King Institute of Preventive Medicine Bacteriolog. Section reports 1907-08
Year: 1907
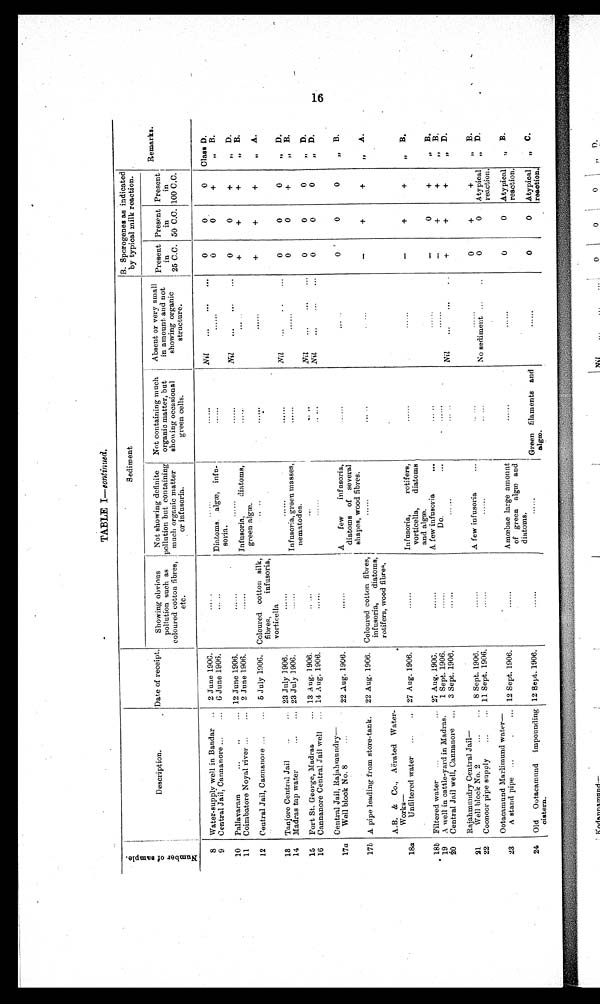
TABLE I—continued.
N u m b e r o f S a m p l e
Description.
Date of receipt.
Sediment
B. Sporogenes as indicated
by typical milk reaction.
Remarks.
Showing obvious
pollution such as
coloured cotton fibres,
etc.
Not showing definite
pollution but containing
much organic matter
or infusoria.
Not containing much
organic matter, but
showing occasional
green cells.
Absent or very small
in amount and not
showing organic
structure.
Present
in
25 C.C.
Present
in
50 C.C.
Present
in
100 C.C.
8 Water-supply well in Bandar ..
2 June 1906.
......
......
......
Nil ... ... ...
0
0
0
Class D.
9 Central Jail, Cannanore ... ...
6 June 1906.
.....
Diatoms algæ, infu-
soria.
......
......
0
0
+
" B .
10 Pallavararn ... .. ...
12 June 1906.
......
......
......
Nil ... ... ...
0
0
+
" D.
11 Coimbatore Noyal river... ...
2 June 1906.
......
Infusoria, diatoms,
green algæ.
......
.....
+
+
+
" B .
12 Central Jail, Cannanore ... ...
5 July 1906. Coloured cotton silk,
fibres, infusoria,
vorticella
.....
......
......
+
+
+
" A .
13 Tanjore Central Jail .. ...
23 July 1906.
......
......
......
Nil ... ... ...
0
0
0
" D.
14 Madras tap water ... ...
23 July 1906.
......
Infusoria, green masses,
nematodes.
......
......
0
0
+
" B .
15 Fort St. George, Madras ...
13 Aug. 1906.
.....
. . .
....
Nil ... ... ...
0
0
0 " D .
16 Cannanore Central Jail well ...
14 Aug. 1906.
......
......
.....
Nil ... ... ...
0
0
0 " D .
Central Jail, Rajahmundry—
17a
Well block No. 8 ...
22 Aug. 1906.
......
A few infusoria,
diatoms of several
shapes, wood fibres.
......
.....
0
0
0
" B.
17b A pipe leading from store-tank. 22 Aug. 1906. Coloured cotton fibres,
infusoria, diatoms,
rotifers, wood fibres.
......
.....
.....
–
+
+ " A .
A. B. &amp; Co., Aërated Water-
Works —
18a
Unfiltered water ... ..
27 Aug. 1906.
......
Infusoria, rotifers,
vorticella, diatoms
and algæ.
......
......
–
+
+ " B.
18b Filtered water ... ...
27 Aug. 1906.
......
A few infusoria ...
.....
......
–
0
+
" B.
19 A well in cattle-yard in Madras.
1 Sept. 1906.
......
Do. ...
......
......
–
+
+
" B.
20 Central Jail well, Cannanore ...
3 Sept. 1906.
......
......
.....
Nil
... ... ..
+
+
+
" D.
Rajahmundry Central Jail
—
21
Well block No. 2
...
... 8 Sept. 1906.
......
A few i nfusori a . . .
.....
......
0
+
+
" B.
22 Coonoor pipe supply
...
... 11 Sept. 1906.
......
......
.....
No sediment ...
0
0
Atypical
reaction.
" D.
Ootacamund Marlimund water—
23
A stand pipe ...
.
... 12 Sept. 1906.
......
Amœbae large amount
of green algæ and
diatoms.
......
......
0
0 Atypical
reaction.
" B.
24 Old Ootacamund impounding
cistern.
12 Sept. 1906.
......
......
Green filaments and
algaæ.
......
0
0 Atypical
reaction.
" C.
O16